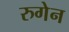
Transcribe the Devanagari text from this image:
रुगेन